Annual administration report of the Civil Veterinary Department of India - 1898-1899
Year: 1898
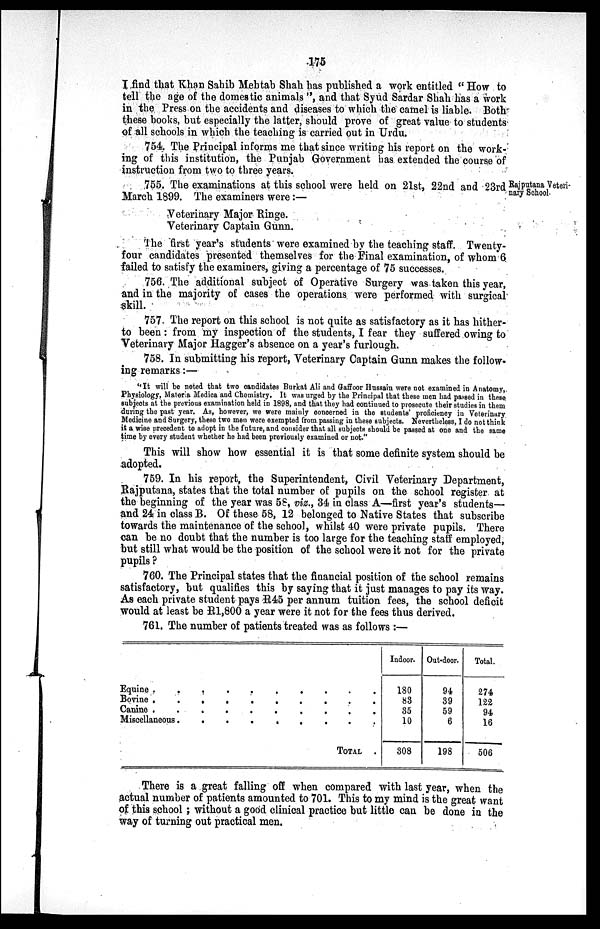
175
I find that Khan Sahib Mehtab Shah has published a work entitled " How to
tell the age of the domestic animals ", and that Syud Sardar Shah has a work
in the Press on the accidents and diseases to which the camel is liable. Both
these books, but especially the latter, should prove of great value to students
of all schools in which the teaching is carried out in Urdu.
754. The Principal informs me that since writing his report on the work-
ing of this institution, the Punjab Government has extended the course of
instruction from two to three years.
Rajputana Veteri-
nary School.
755. The examinations at this school were held on 21st, 22nd and 23rd
March 1899. The examiners were:—
Veterinary Major Ringe.
Veterinary Captain Gunn.
The first year's students were examined by the teaching staff. Twenty-
four candidates presented themselves for the Final examination, of whom 6
failed to satisfy the examiners, giving a percentage of 75 successes.
756. The additional subject of Operative Surgery was taken this year,
and in the majority of cases the operations were performed with surgical
skill.
757. The report on this school is not quite as satisfactory as it has hither-
to been : from my inspection of the students, I fear they suffered owing to
Veterinary Major Hagger's absence on a year's furlough.
758. In submitting his report, Veterinary Captain Gunn makes the follow-
ing remarks:—
''It will be noted that two candidates Burkat Ali and Gaffoor Hussain were not examined in Anatomy,
Physiology, Materia Medica and Chemistry. It was urged by the Principal that these men had passed in these
subjects at the previous examination held in 1898, and that they had continued to prosecute their studies in them
during the past year. As, however, we were mainly concerned in the students' proficiency in Veterinary
Medicine and Surgery, these two men were exempted from passing in these subjects. Nevertheless, I do not think
it a wise precedent to adopt in the future, and consider that all subjects should be passed at one and the same
time by every student whether he had been previously examined or not."
This will show how essential it is that some definite system should be
adopted.
759. In his report, the Superintendent, Civil Veterinary Department,
Rajputana, states that the total number of pupils on the school register at
the beginning of the year was 58, viz., 34 in class A—first year's students—
and 24 in class B. Of these 58, 12 belonged to Native States that subscribe
towards the maintenance of the school, whilst 40 were private pupils. There
can be no doubt that the number is too large for the teaching staff employed,
but still what would be the position of the school were it not for the private
pupils ?
760. The Principal states that the financial position of the school remains
satisfactory, but qualifies this by saying that it just manages to pay its way.
As each private student pays R45 per annum tuition fees, the school deficit
would at least be R1,800 a year were it not for the fees thus derived.
761. The number of patients treated was as follows :—
Equine . . . . . . . . . . .
Bovine . . . . . . . . . . .
Canine . . . . . . . . . . .
Miscellaneous. . . . . . . . . .
TOTAL . . . . . . . . .
Indoor.
180
83
35
10
308
Out-door.
94
39
59
6
198
Total.
274
122
94
16
506
There is a great falling off when compared with last year, when the
actual number of patients amounted to 701. This to my mind is the great want
of this school; without a good clinical practice but little can be done in the
way of turning out practical men.